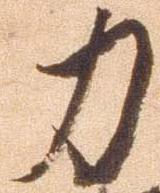
力